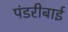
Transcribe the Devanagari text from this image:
पंडरीबाई